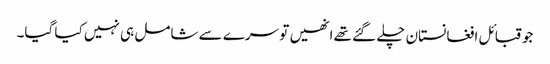
جو قبائل افغانستان چلے گئے تھے انھیں تو سرے سے شامل ہی نہیں کیا گیا۔